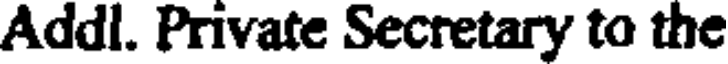
Addl. Private Secretary to the